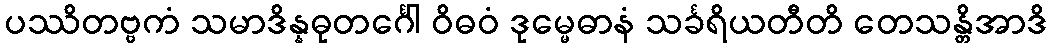
ပဿိတဗ္ဗကံ သမာဒိန္နဓုတင်္ဂေါ ဝိဓဝံ ဒုမ္မေဓာနံ သင်္ခရိယတီတိ တေသန္တိအာဒိ